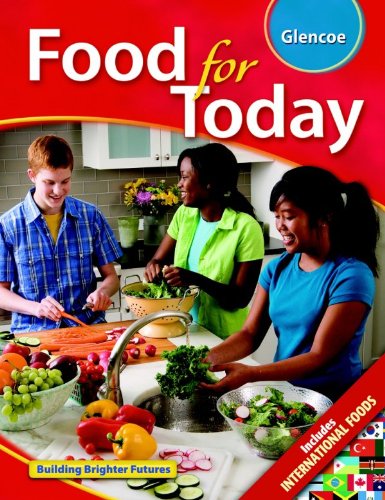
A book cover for Food for Today, Student Edition; McGraw-Hill Education; Teen & Young Adult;